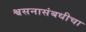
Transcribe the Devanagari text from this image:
श्वसनासंबधीचा